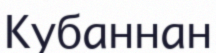
Кубаннан